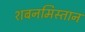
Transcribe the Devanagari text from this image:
शबनमिस्तान